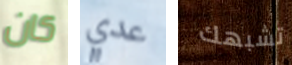
كان عدي تشبهك